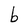
Character: b